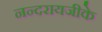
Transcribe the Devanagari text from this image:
नन्दरायजीके